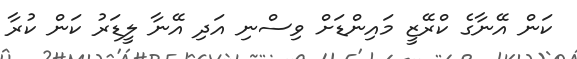
ކަން އޭނާގެ ކްރޭޒީ މައިންޑަށް ވިސްނި އަދި އޭނާ ލީޑަރު ކަން ކުރާ